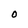
Character: O